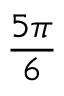
\frac { 5 \pi } { 6 }